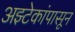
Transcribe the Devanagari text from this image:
अझ्टेकांपासून